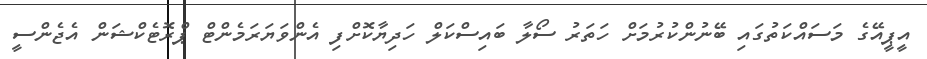
އީޕީއޭގެ މަސައްކަތުގައި ބޭނުންކުރުމަށް ހަތަރު ސޯލާ ބައިސްކަލް ހަދިޔާކޮށްފި އެންވަޔަރަމެންޓް ޕްރޮޓެކްޝަން އެޖެންސީ